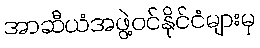
အာဆီယံအဖွဲ့ဝင်နိုင်ငံများမှ